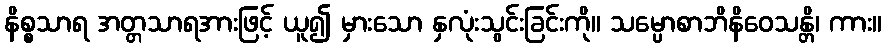
နိစ္စသာရ အတ္တသာရအားဖြင့် ယူ၍ မှားသော နှလုံးသွင်းခြင်းကို။ သမ္ပောစာဘိနိဝေသန္တိ၊ ကား။